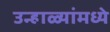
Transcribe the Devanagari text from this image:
उन्हाळ्यांमध्ये